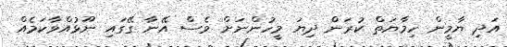
އަދި ޔާމީން ހިމާޔަތް ކުރަން ދިޔަ މީހުންނަށް ވެސް އޭނާ ގޭގައި ނޫޅުއްވާކަމެއް